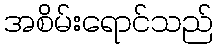
အစိမ်းရောင်သည်